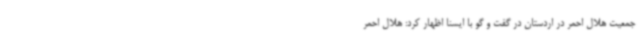
جمعیت هلال احمر در اردستان در گفت و گو با ایسنا اظهار کرد: هلال احمر